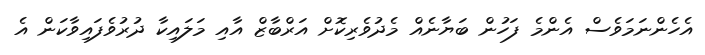
އެހެންނަމަވެސް އެންމެ ފަހުން ބަޔާނެއް މެދުވެރިކޮށް އަރްބާޒް އާއި މަލައިކާ ދުރުވެފައިވާކަން އެ